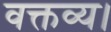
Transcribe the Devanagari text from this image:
वक्तव्य।